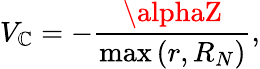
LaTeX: V_{\mathbb{C}}=-\frac{{\alphaZ}}{{\operatorname*{max}\left({r,R_{N}}\right)}},